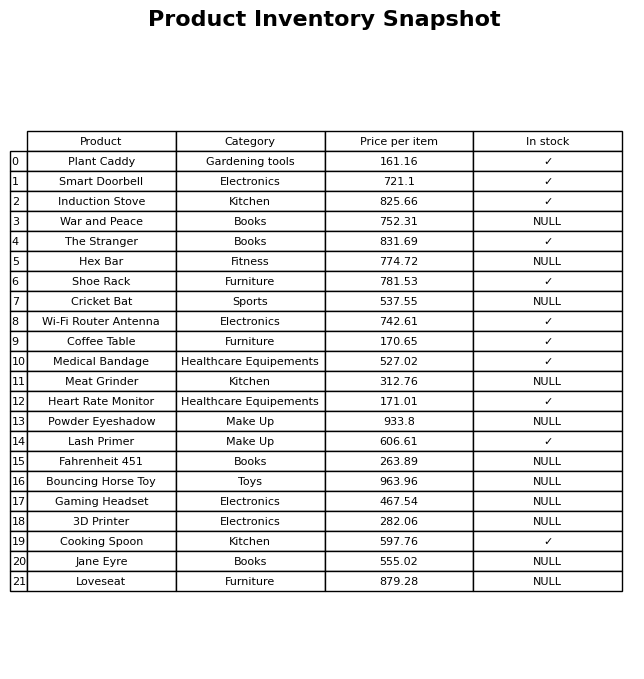
question: What is the price of the 3D Printer?
answer: The price of 3D Printer is 282.06.